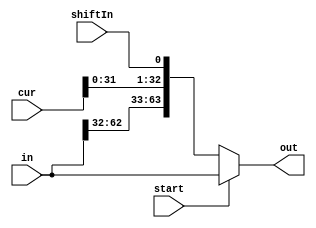
module quotientshifter(in, cur, shiftIn, start, out);
	input [63:0] in, cur;
	input start, shiftIn;
	
	output [63:0] out;
	
	wire [63:0] shiftedIn;

	assign shiftedIn[63:33] = in[62:32];
	assign shiftedIn[32:1] = cur[31:0];
	assign shiftedIn[0] = shiftIn;
	
	assign out = start ? in : shiftedIn;
	
endmodule